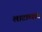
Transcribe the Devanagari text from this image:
लाटाव्यात